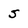
Character: 5